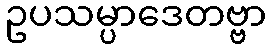
ဥပသမ္ပာဒေတဗ္ဗာ